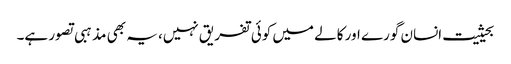
بحیثیت انسان گورے اور کالے میں کوئی تفریق نہیں، یہ بھی مذہبی تصور ہے۔